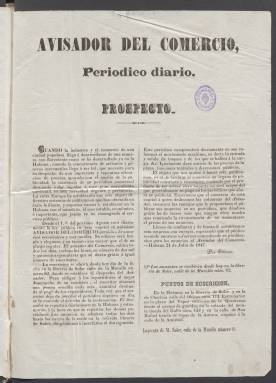
Título: Avisador del comercio
Colección: Periódicos anteriores a 1850
Ámbito geográfico: Cuba
Lugar de publicación: Habana
Fechas: 01/01/1847-12/11/1848